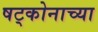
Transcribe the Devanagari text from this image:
षट्कोनाच्या